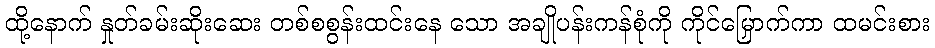
ထို့နောက် နှုတ်ခမ်းဆိုးဆေး တစ်စစွန်းထင်းနေ သော အချိုပန်းကန်စုံကို ကိုင်မြှောက်ကာ ထမင်းစား